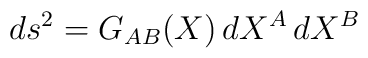
ds^2 = G_{AB}(X) \, dX^A \, dX^B